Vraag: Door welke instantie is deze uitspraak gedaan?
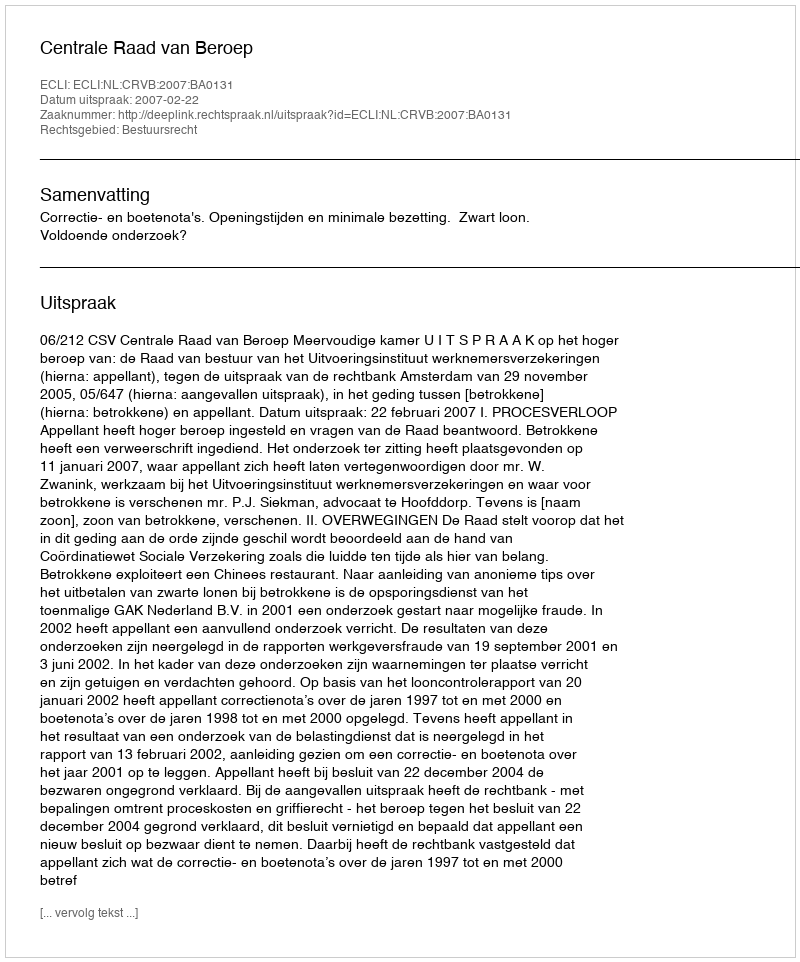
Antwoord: Centrale Raad van Beroep